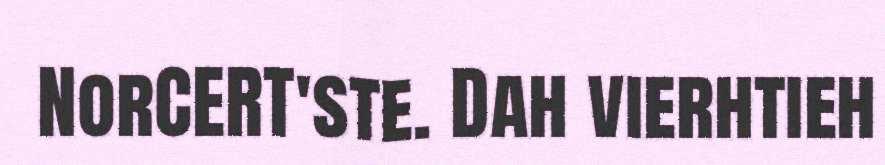
NorCERT'ste. Dah vierhtieh